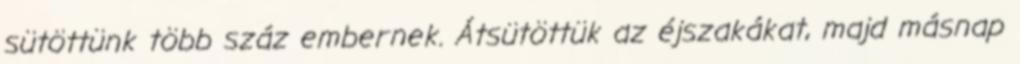
sütöttünk több száz embernek. Átsütöttük az éjszakákat, majd másnap